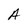
Character: A